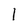
Character: 1